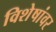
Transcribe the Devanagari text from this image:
विशेषांवर